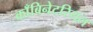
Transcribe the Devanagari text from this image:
काँबिनेटरियल